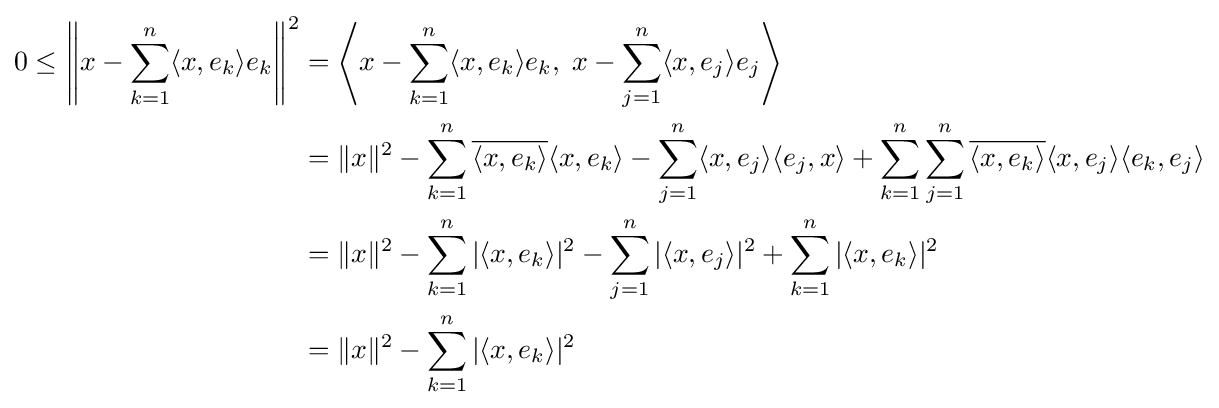
{\begin{aligned}0\leq \left\|x-\sum _{k=1}^{n}\langle x,e_{k}\rangle e_{k}\right\|^{2}&=\left\langle x-\sum _{k=1}^{n}\langle x,e_{k}\rangle e_{k},\;x-\sum _{j=1}^{n}\langle x,e_{j}\rangle e_{j}\right\rangle \\&=\|x\|^{2}-\sum _{k=1}^{n}{\overline {\langle x,e_{k}\rangle }}\langle x,e_{k}\rangle -\sum _{j=1}^{n}\langle x,e_{j}\rangle \langle e_{j},x\rangle +\sum _{k=1}^{n}\sum _{j=1}^{n}{\overline {\langle x,e_{k}\rangle }}\langle x,e_{j}\rangle \langle e_{k},e_{j}\rangle \\&=\|x\|^{2}-\sum _{k=1}^{n}|\langle x,e_{k}\rangle |^{2}-\sum _{j=1}^{n}|\langle x,e_{j}\rangle |^{2}+\sum _{k=1}^{n}|\langle x,e_{k}\rangle |^{2}\\&=\|x\|^{2}-\sum _{k=1}^{n}|\langle x,e_{k}\rangle |^{2}\end{aligned}}